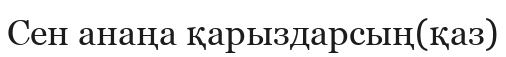
Сен анаңа қарыздарсың(қаз)